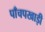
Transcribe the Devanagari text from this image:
पाँचपखाड़ी